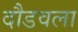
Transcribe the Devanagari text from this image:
दौडवला